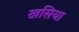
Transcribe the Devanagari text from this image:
खसिया